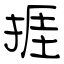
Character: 捱